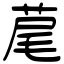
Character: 荱